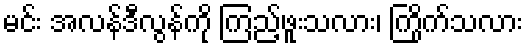
မင်း အလန်ဒီလွန်ကို ကြည့်ဖူးသလား၊ ကြိုက်သလား